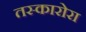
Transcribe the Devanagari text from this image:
तस्कारोरा